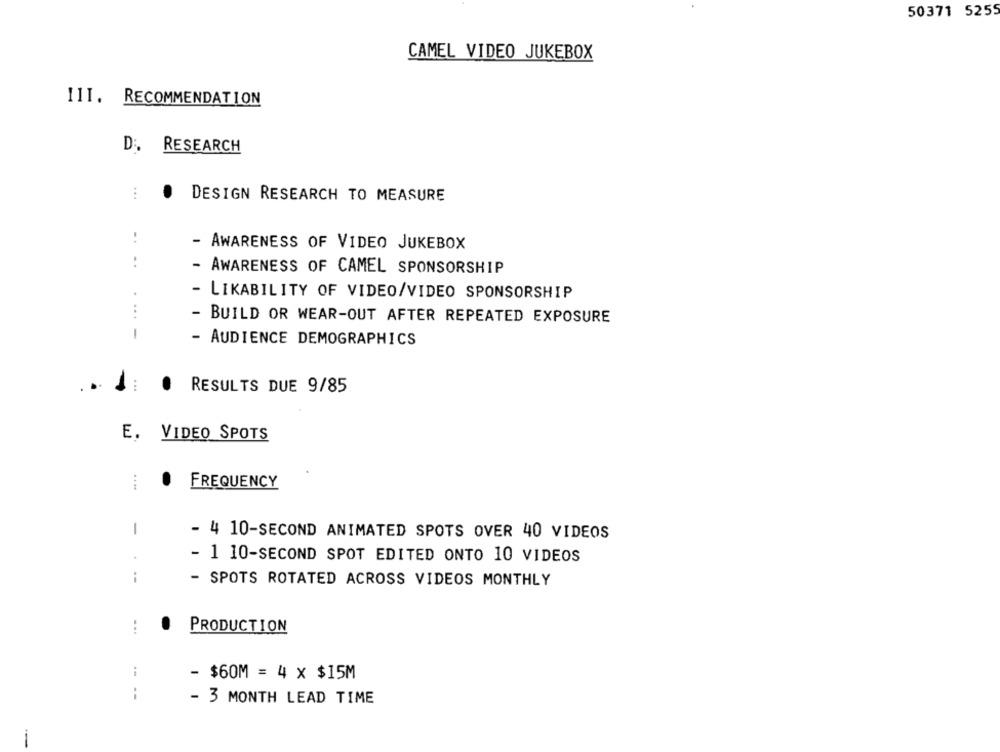
50371 5255
CAMEL VIDEO JUKEBOX
III. RECOMMENDATION
D :. RESEARCH
DESIGN RESEARCH TO MEASURE
..
AWARENESS OF VIDEO JUKEBOX
..
- AWARENESS OF CAMEL SPONSORSHIP
- LIKABILITY OF VIDEO/VIDEO SPONSORSHIP
....
- BUILD OR WEAR-OUT AFTER REPEATED EXPOSURE
-
- AUDIENCE DEMOGRAPHICS
..
RESULTS DUE 9/85
E. VIDEO SPOTS
FREQUENCY
1
- 4 10-SECOND ANIMATED SPOTS OVER 40 VIDEOS
- 1 10-SECOND SPOT EDITED ONTO 10 VIDEOS
i
- SPOTS ROTATED ACROSS VIDEOS MONTHLY
...
PRODUCTION
- $60M = 4 x $15M
--
- 3 MONTH LEAD TIME
-